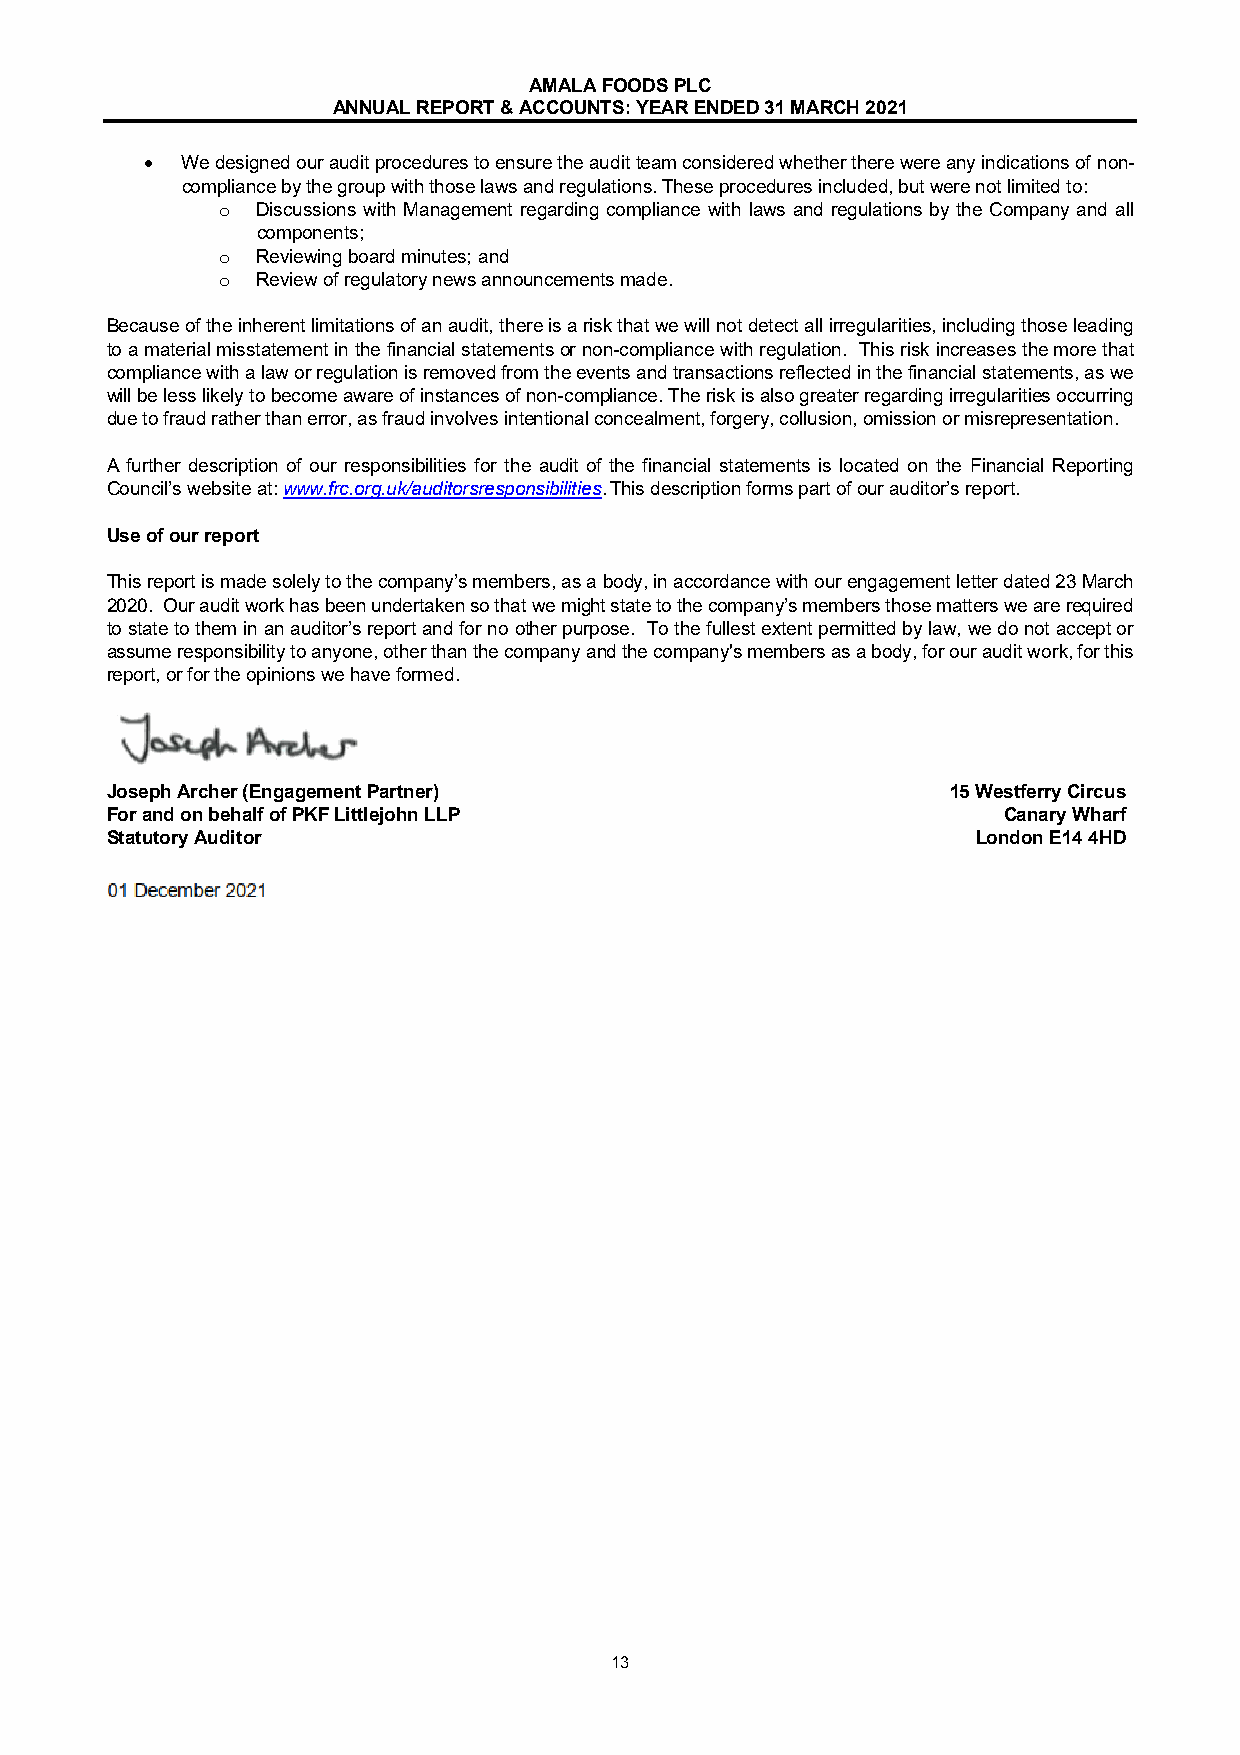
AMALA FOODS PLC
 ANNUAL REPORT & ACCOUNTS: YEAR ENDED 31 MARCH 2021
  We designed our audit procedures to ensure the audit team considered whether there were any indications of non-
 compliance by the group with those laws and regulations. These procedures included, but were not limited to:
 o  Discussions with Management regarding compliance with laws and regulations by the Company and all
 components;
 o  Reviewing board minutes; and
 o  Review of regulatory news announcements made.
 Because of the inherent limitations of an audit, there is a risk that we will not detect all irregularities, including those leading
 to a material misstatement in the financial statements or non-compliance with regulation. This risk increases the more that
 compliance with a law or regulation is removed from the events and transactions reflected in the financial statements, as we
 will be less likely to become aware of instances of non-compliance. The risk is also greater regarding irregularities occurring
 due to fraud rather than error, as fraud involves intentional concealment, forgery, collusion, omission or misrepresentation.
 A further description of our responsibilities for the audit of the financial statements is located on the Financial Reporting
 Council’s website at: www.frc.org.uk/auditorsresponsibilities. This description forms part of our auditor’s report.
 Use of our report
 This report is made solely to the company’s members, as a body, in accordance with our engagement letter dated 23 March
 2020. Our audit work has been undertaken so that we might state to the company’s members those matters we are required
 to state to them in an auditor’s report and for no other purpose. To the fullest extent permitted by law, we do not accept or
 assume responsibility to anyone, other than the company and the company's members as a body, for our audit work, for this
 report, or for the opinions we have formed.
 Joseph Archer (Engagement Partner)                      15 Westferry Circus
 For and on behalf of PKF Littlejohn LLP                    Canary Wharf
 Statutory Auditor                                         London E14 4HD
 13